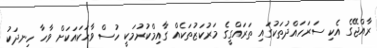
ރާއްޖޭގެ އެކި ސަރަހައްދުތަކުގައި ތަރައްގީގެ މަރުކަޒުތަކެއް ގާއިމްކުރުމަކީ ހުސް ވާހަކައަކަށް ވާހާ ހިނދަކު